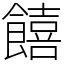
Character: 饎